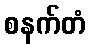
စနက်တံ